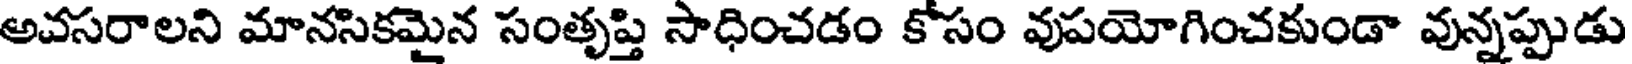
అవసరాలని మానసికమైన సంతృప్తి సాధించడం కోసం వుపయోగించకుండా వున్నప్పుడు